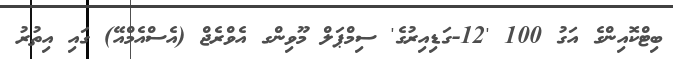
ބިޓްކޮއިންގެ އަގު 100 '12-ގަޑިއިރުގެ' ސިމްޕަލް މޫވިންގ އެވްރެޖް (އެސްއެމްއޭ) ގައި އިތުރު